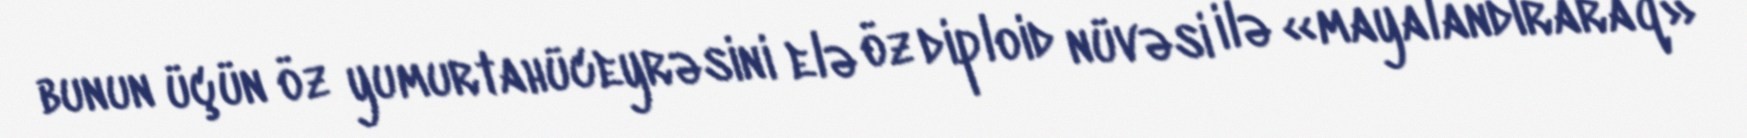
bunun üçün öz yumurtahüceyrəsini elə öz diploid nüvəsi ilə «mayalandıraraq»